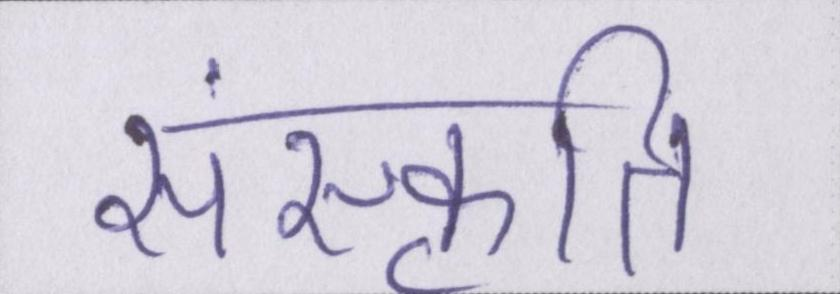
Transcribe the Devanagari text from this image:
संस्कॄति